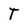
Character: T